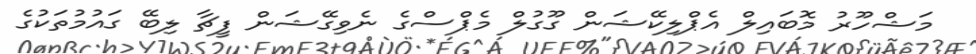
މަޝްހޫރު މޮބައިލް އެޕްލިކޭޝަން ގޫގުލް މެޕްސްގެ ނެވިގޭޝަން ފީޗާ ލިބޭ ގައުމުތަކުގެ